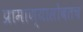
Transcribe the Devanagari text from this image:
प्रामाण्यासोबतच